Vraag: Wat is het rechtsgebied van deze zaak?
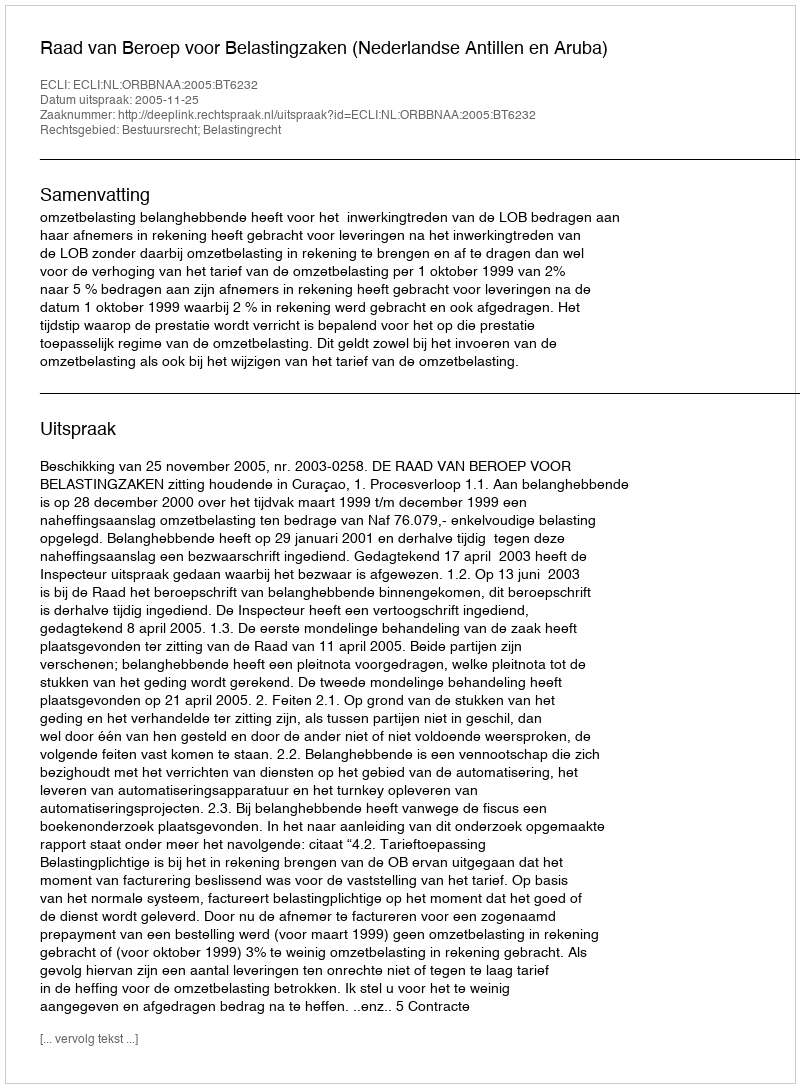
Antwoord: Bestuursrecht; Belastingrecht